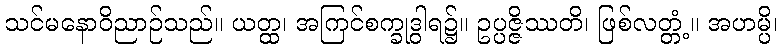
သင်မနောဝိညာဉ်သည်။ ယတ္ထ၊ အကြင်စက္ခုဒွါရ၌။ ဥပ္ပဇ္ဇိဿတိ၊ ဖြစ်လတ္တံ့။ အဟမ္ပိ၊